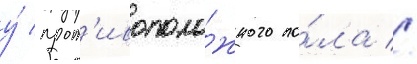
у́ прот'ивополо́жного по́ла //